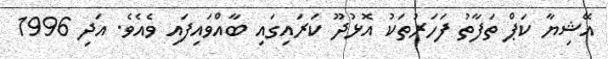
އޭޝިޔާ ކަޕް ތަފާތު ފަހަރުތަކު އޮޅުދޫ ކަރައިގައި ބާއްވައިފައި ވެއެވެ. އަދި 1996